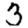
Digit: 3